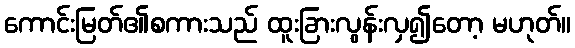
ကောင်းမြတ်၏စကားသည် ထူးခြားလွန်းလှ၍တော့ မဟုတ်။